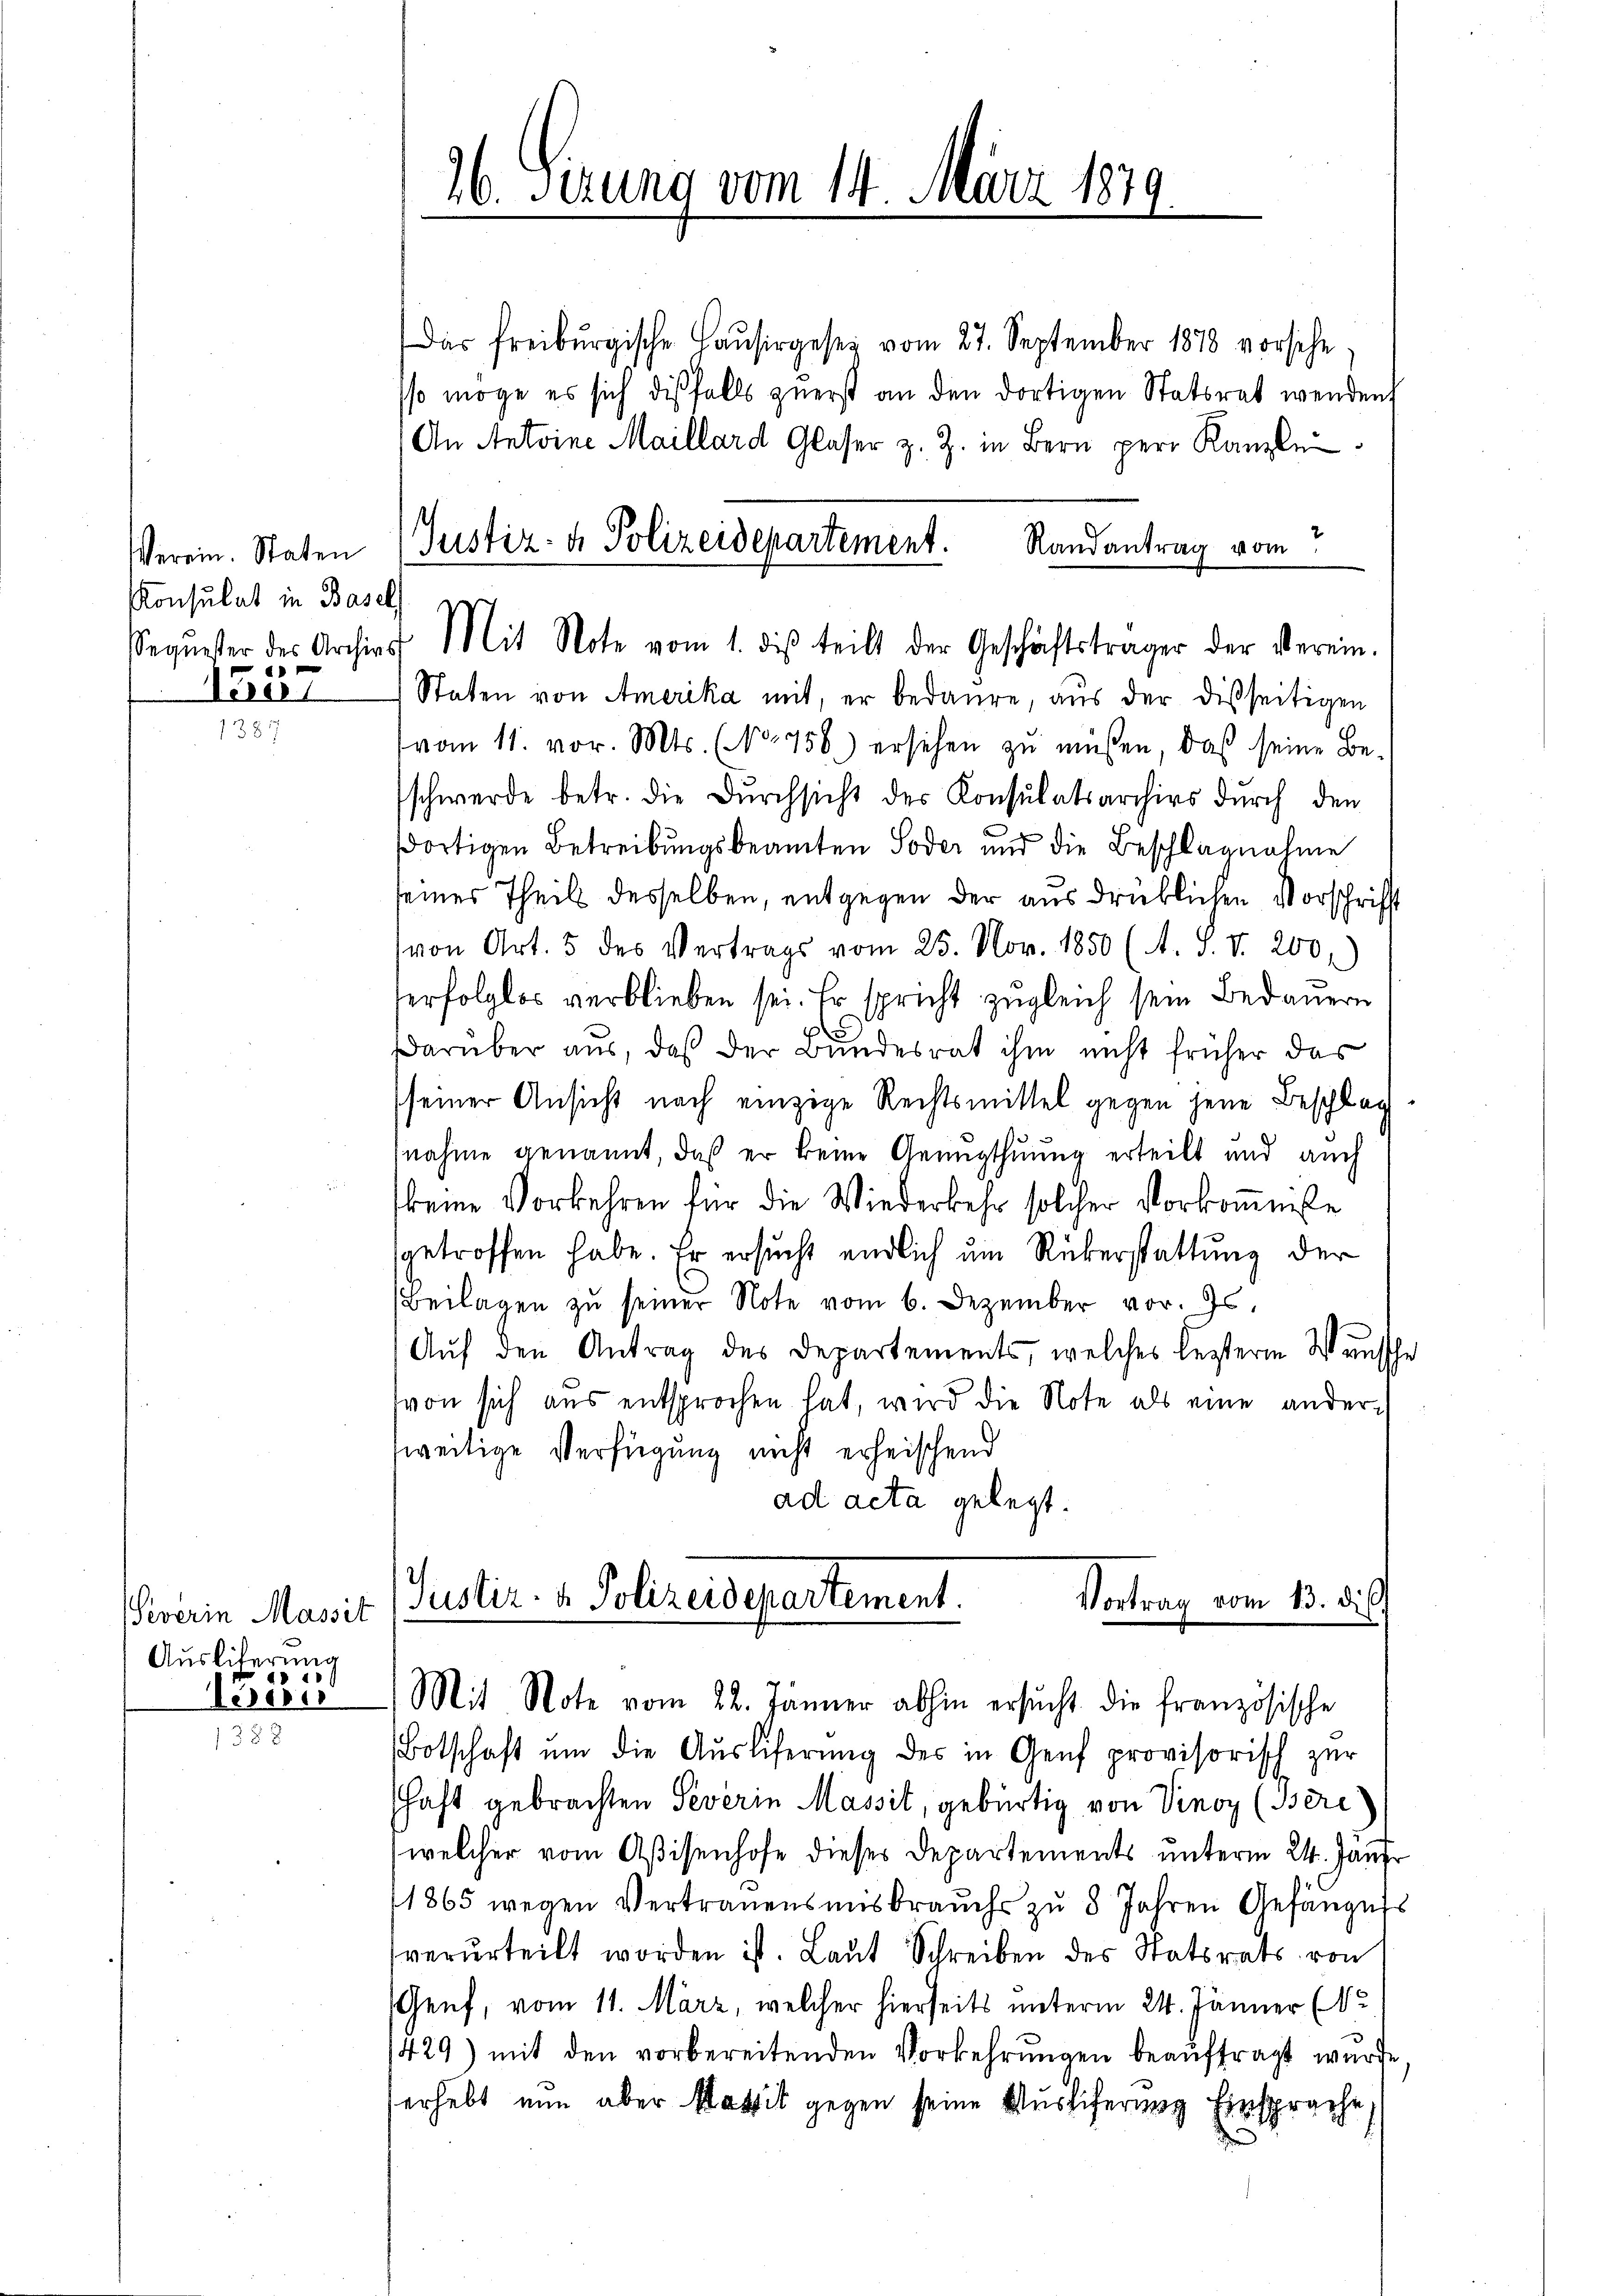
Verein. Staten
Konsulat in Basel,

1527

Severin Massit
Ausliferung
Aissi

26. Sizung vom 14. März 1879.

Justiz- & Polizeidepartement. Randantrag vom
Sequester des Archivs Mit Note vom 1. des teilt der Geschäftsträger der verein-

Justiz- u. Polizeidepartement.
Vortrag vom 13. ds.
(Mit Note vom 22. Jänner abhin ersŭcht die französische

Das freiburgische Haŭsirgesez vom 27. September 1870 vorsche,
sso möge es sich dießfalls zuerst an den dortigen Statsrat wenden
An Antoine Maillard Glaser z. Z. in Bern per Kanzle
Staten von Amerika mit, er bedaure, aus der disseitigen
vom 11. vor. Mts. (NNo. 756) ersehen zu müssen, daß seine Be-
schwerde betr. die Durchsicht des Konsulatsarchivs durch den
dortigen Betreibungsbeamten Soder und die Beschlagnahme
seines Theils desselben, entgegen der ausdrüklichen Vorschrift
von Art. 5 des Vertrags vom 25. Nov. 1850 (A. S. V. 200,
erfolglos verblieben sei. Er spricht zugleich sein Bedauern
Darüber aus, daß der Bundesrat ihm nicht früher das
seiner Ansicht nach einzige Rechtsmittel gegen jene Beschlag
nahme genannt, daß er keine Genugthuung erteilt und auch
keine Vorkehren für die Wiederkehr solcher Vorkommnise
sgetroffen habe. Er ersucht endlich um Rükerstattung der
Beilagen zu seiner Note vom 6. Dezember vor. Js.
Auf den Antrag des Departements, welches lezterm Wunsch
(von sich aus entsprochen hat, wird die Note als eine ander-
zweitige Verfügung nicht erheischend
ad acta gelegt.

Botschaft ŭm die Aŭsliferŭng des in Genf provisorisch zur
shaft gebrachten Severin Massit, gebürtig von Vinoz (Bere
welcher vom Aßisenhofe dieses Departements unterm 24. Jäner
1865 wegen Vertrauensausbrauchs zu 8 Jahren Gefängers
verurteilt worden ist. Laut Schreiben des Statsrats von
Genf, vom 11. März, welcher hierseits unterm 24. Jänner (de
1429) mit den vorbereitenden Vorkehrungen beauftragt wurde
erhebt nun aber Massit gegen seine Ausliferung Einsprache